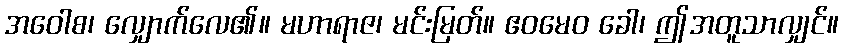
အဝေါစ၊ လျှောက်လေ၏။ မဟာရာဇ၊ မင်းမြတ်။ ဧဝမေဝ ခေါ၊ ဤအတူသာလျှင်။